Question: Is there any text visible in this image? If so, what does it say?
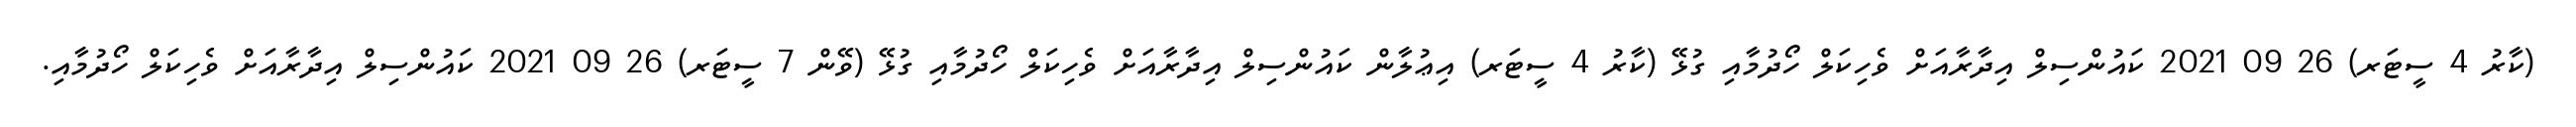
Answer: (ކާރު 4 ސީޓަރ) 26 09 2021 ކައުންސިލް އިދާރާއަށް ވެހިކަލް ހޯދުމާއި ގުޅޭ (ކާރު 4 ސީޓަރ) އިޢުލާން ކައުންސިލް އިދާރާއަށް ވެހިކަލް ހޯދުމާއި ގުޅޭ (ވޭން 7 ސީޓަރ) 26 09 2021 ކައުންސިލް އިދާރާއަށް ވެހިކަލް ހޯދުމާއި.